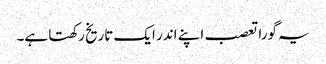
یہ گورا تعصب اپنے اندر ایک تاریخ رکھتا ہے۔